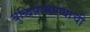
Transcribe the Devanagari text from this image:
बुद्धिप्रामाण्याची